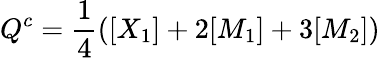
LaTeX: Q^{c}=\frac{1}{4}([X_{1}]+2[M_{1}]+3[M_{2}])